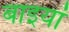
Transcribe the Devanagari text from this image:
बाइयां